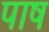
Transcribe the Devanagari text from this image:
पाष